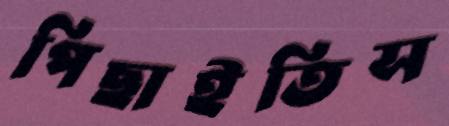
পিছাইতিস